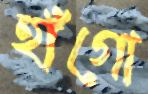
হাঁগো